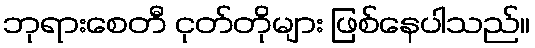
ဘုရားစေတီ ငုတ်တိုများ ဖြစ်နေပါသည်။